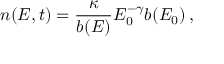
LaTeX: n ( E , t ) = \frac { \kappa } { b ( E ) } E _ { 0 } ^ { - \gamma } b ( E _ { 0 } ) \, ,